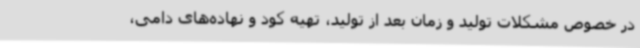
در خصوص مشکلات تولید و زمان بعد از تولید، تهیه کود و نهاده‌های دامی،